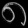
Digit: ၈